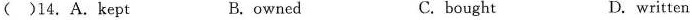
()14.A.Kept B.owned C. bought D. written